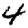
Digit: 4